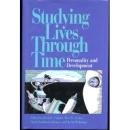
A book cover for Studying Lives Through Time: Personality and Development; Ross D. Parke; Self-Help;